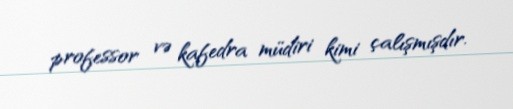
professor və kafedra müdiri kimi çalışmışdır.